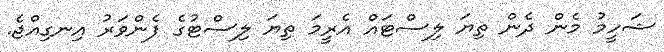
ޝަހީމު މެން ދެން ތިޔަ ލިސްޓައް އެރީމަ ތިޔަ ލިސްޓުގެ ފެންވަރު އިނގިއްޖެ.